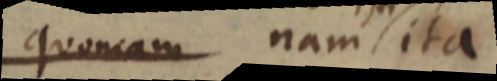
quoniam nam ita